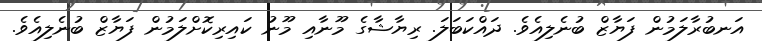
އަނބުރާލަމުން ފަޔާޒް ބުނެލިއެވެ. ދައްކަބަލަ. ރިޔާޝާގެ މޫނާއި މޫނު ކައިރިކޮށްލަމުން ފަޔާޒް ބުނެލިއެވެ.